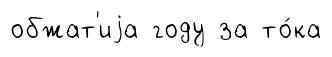
обжат'иjа году за то́ка